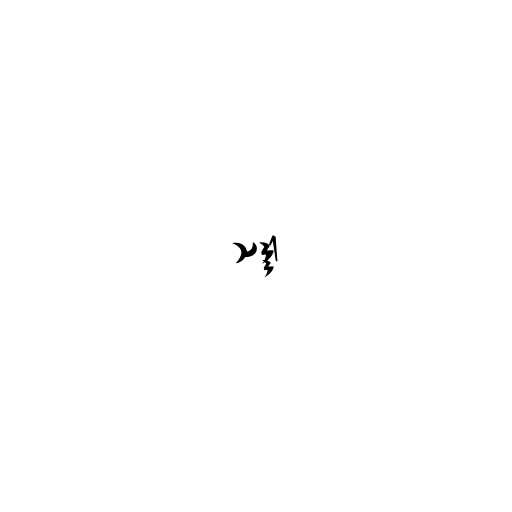
သဒ္ဒါ